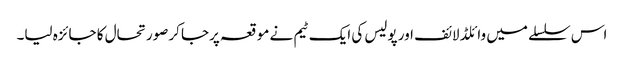
اس سلسلے میں وائلڈ لائف اور پولیس کی ایک ٹیم نے موقعہ پرجا کرصورتحال کا جائزہ لیا۔